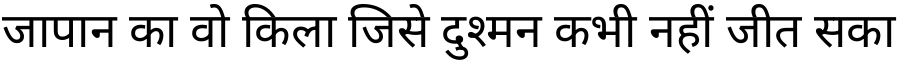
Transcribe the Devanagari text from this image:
जापान का वो किला जिसे दुश्मन कभी नहीं जीत सका